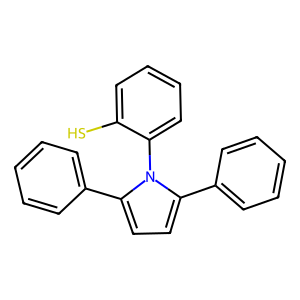
SMILES: Sc1ccccc1-n1c(-c2ccccc2)ccc1-c1ccccc1
Inhibits HIV replication: No